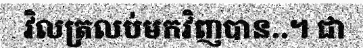
វិលត្រលប់មកវិញបាន..។ ជា